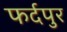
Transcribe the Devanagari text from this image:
फर्दपुर